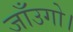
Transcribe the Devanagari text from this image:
जाँउगो।